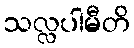
သလ္လပါမီတိ